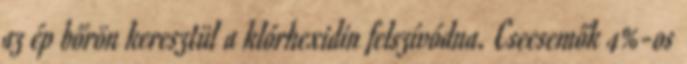
az ép bőrön keresztül a klórhexidin felszívódna. Csecsemők 4%-os